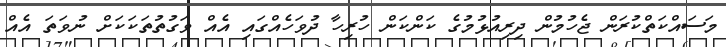
މަސައްކަތްކުރަން ޖެހުމުން ދިރިއުޅުމުގެ ކަންކަން ހުރިހާ ދުވަހެއްގައި އެއް ވަގުތުތަކަކަށް ނުވަތަ އެއް